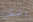
ولكن